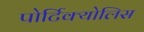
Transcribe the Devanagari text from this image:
पोर्टिक्योलिस